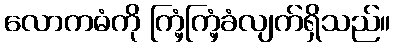
လောကဓံကို ကြံ့ကြံ့ခံလျက်ရှိသည်။